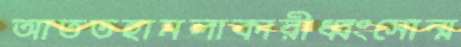
আততহামলাকারীধ্বংসোন্ম